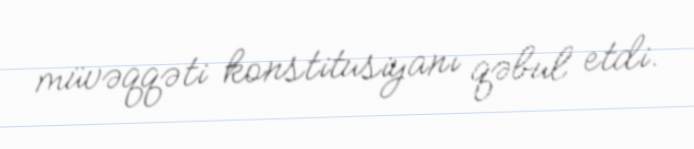
müvəqqəti konstitusiyanı qəbul etdi.